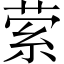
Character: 萦